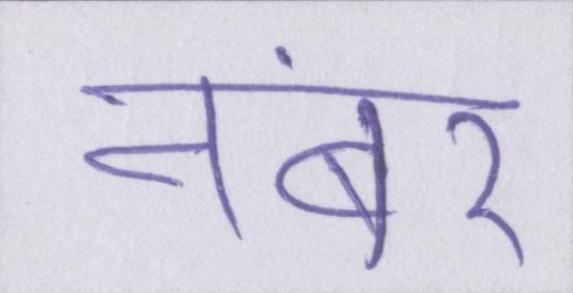
नंबर